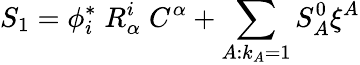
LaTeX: S_{1}=\phi_{i}^{*}\; R_{\alpha}^{i}\; C^{\alpha}+\sum_{A:k_{A}=1}S_{A}^{0}\xi^{A}